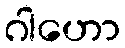
ဂါဟော